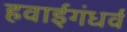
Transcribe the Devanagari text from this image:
हवाईगंधर्व